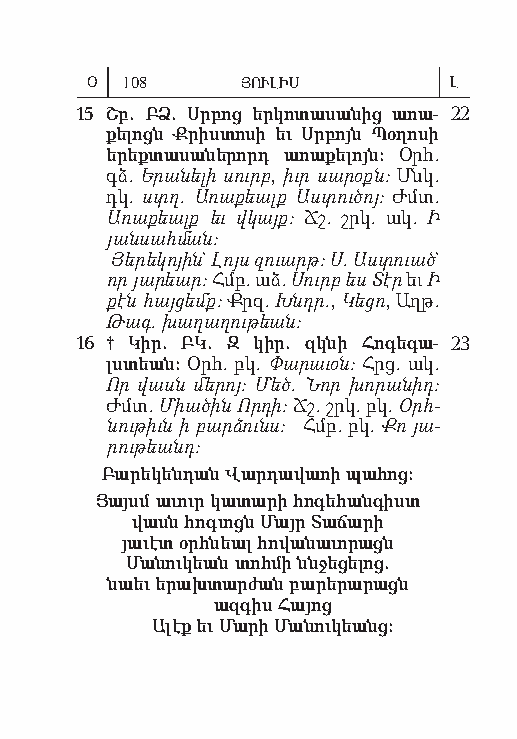
Օ 108     ՅՈՒԼԻՍ        Լ
 15 Շբ. ԲՁ. Սր բոց եր կո տա սա նից ա ռա- 22
 քելոցն Ք րիս տո սի եւ Սր բոյն Պօ ղո սի
 ե րեք տա սա նե րորդ ա ռա քե լոյն: Օրհ.
 գձ. Ե րան ել ի սուրբ, իւր սար օքն: Մնկ.
 դկ. ստղ. Առ աք եալք Աստ ու ծոյ: Ժմտ.
 Առ ա քեալք եւ վկայք: Ճշ. շրկ. ակ. Ի
 յանս ահ ման:
 Յե րե կոյ ին` Լոյս զուարթ: Ս. Աստ ուած`
 որ յա րեար: Հմբ. աձ. Սուրբ ես Տէր եւ Ի
 քէն հայ ցեմք: Քրզ. Խնդր., Կե ցո, Աղթ.
 Թագ. խա ղաղ ութ եան:
 16 † Կիր. ԲԿ. Զ կիր. զկնի Հոգ ե գա- 23
 լստեան: Օրհ. բկ. Փա րաւ օն: Հրց. ակ.
 Որ վասն մերոյ: Մեծ. Նոր խորանիդ:
 Ժմտ. Միա ծին Որդ ի: Ճշ. շրկ. բկ. Օրհ­
 նու թիւն ի բարձ ունս: Հմբ. բկ. Քո յա­
 րութ եանդ:
 Բա րե կեն դան Վար դա վա ռի պա հոց:
 Յայսմ ա ւուր կա տա րի հո գե հան գիստ
 վասն հոգ ւոցն Մայր Տա ճա րի
 յա ւէտ օրհ նեալ հո վա նա ւո րացն
 Մա նու կեան տոհ մի ննջե ցե լոց.
 նաեւ ե րախ տար ժան բա րե րա րացն
 ազ գիս Հա յոց
 Ա լէք եւ Մա րի Մա նու կեանց: